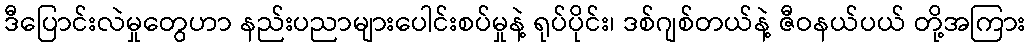
ဒီပြောင်းလဲမှုတွေဟာ နည်းပညာများပေါင်းစပ်မှုနဲ့ ရုပ်ပိုင်း၊ ဒစ်ဂျစ်တယ်နဲ့ ဇီဝနယ်ပယ် တို့အကြား